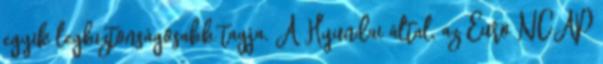
egyik legbiztonságosabb tagja. A Hyundai által, az Euro NCAP